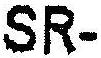
SR-